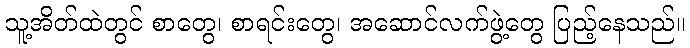
သူ့အိတ်ထဲတွင် စာတွေ၊ စာရင်းတွေ၊ အဆောင်လက်ဖွဲ့တွေ ပြည့်နေသည်။